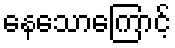
နေသောကြောင့်